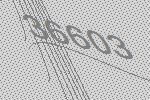
36603